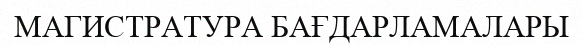
МАГИСТРАТУРА БАҒДАРЛАМАЛАРЫ